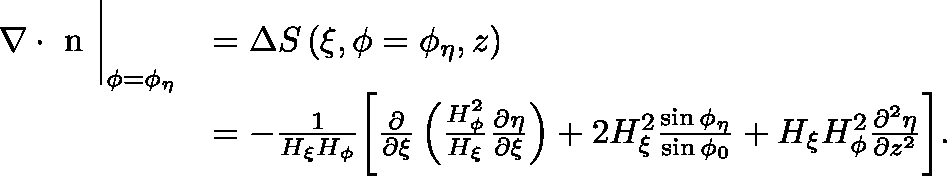
\begin{array} { r l } & { \begin{array} { r l } { \nabla \cdot { \mathrm { \boldmath ~ n ~ } } \biggr | _ { \phi = \phi _ { \eta } } } & { = \Delta S \left( \xi , \phi = \phi _ { \eta } , z \right) } \\ & { = - \frac { 1 } { H _ { \xi } H _ { \phi } } \biggl [ \frac { \partial } { \partial \xi } \left( \frac { H _ { \phi } ^ { 2 } } { H _ { \xi } } \frac { \partial \eta } { \partial \xi } \right) + 2 H _ { \xi } ^ { 2 } \frac { \sin \phi _ { \eta } } { \sin \phi _ { 0 } } + H _ { \xi } H _ { \phi } ^ { 2 } \frac { \partial ^ { 2 } \eta } { \partial z ^ { 2 } } \biggr ] . } \end{array} } \end{array}